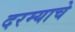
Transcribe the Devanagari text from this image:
दरम्याचे